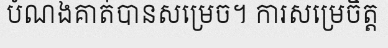
បំណងគាត់បានសម្រេច។ ការសម្រេចិត្ត